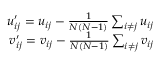
\begin{array} { r } { u _ { i j } ^ { \prime } = u _ { i j } - \frac { 1 } { N ( N - 1 ) } \sum _ { i \neq j } u _ { i j } } \\ { v _ { i j } ^ { \prime } = v _ { i j } - \frac { 1 } { N ( N - 1 ) } \sum _ { i \neq j } v _ { i j } } \end{array}